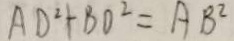
A D ^ { 2 } + B O ^ { 2 } = A B ^ { 2 }